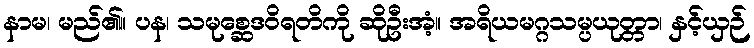
နာမ၊ မည်၏။ ပန၊ သမုစ္ဆေဒဝိရတိကို ဆိုဦးအံ့။ အရိယမဂ္ဂသမ္ပယုတ္တာ၊ နှင့်ယှဉ်